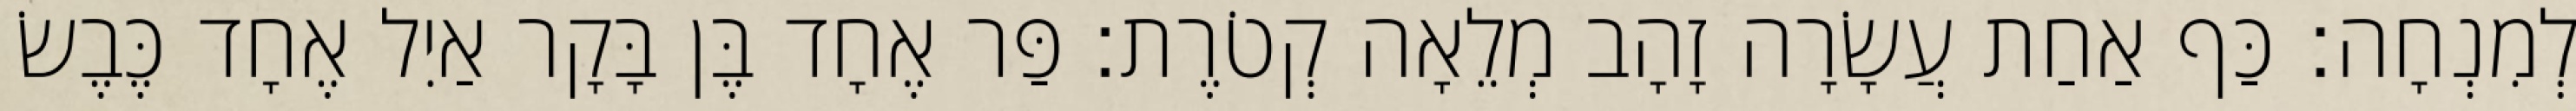
לְמִנְחָה׃ כַּף אַחַת עֲשָׂרָה זָהָב מְלֵאָה קְטֹרֶת׃ פַּר אֶחָד בֶּן בָּקָר אַיִל אֶחָד כֶּבֶשׂ